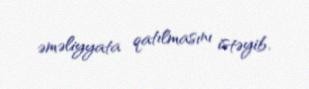
əməliyyata qatılmasını istəyib.